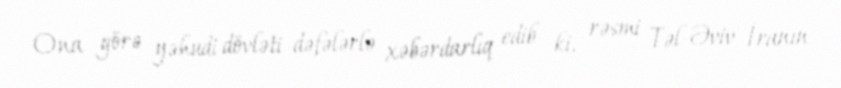
Ona görə yəhudi dövləti dəfələrlə xəbərdarlıq edib ki, rəsmi Təl-Əviv İranın